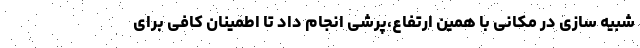
شبیه سازی در مکانی با همین ارتفاع،پرشی انجام داد تا اطمینان کافی برای